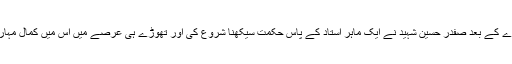
کاروباری خسارے کے بعد صفدر حسین شہید نے ایک ماہر استاد کے پاس حکمت سیکھنا شروع کی اور تھوڑے ہی عرصے میں اس میں کمال مہارت حاصل کرلی۔